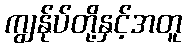
ကျွန်ုပ်တို့နှင့်အတူ